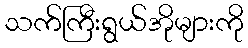
သက်ကြီးရွယ်အိုများကို